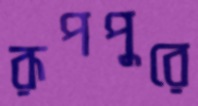
রূপপুরে